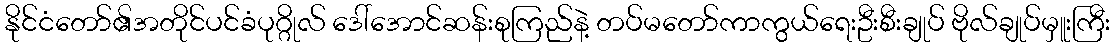
နိုင်ငံတော်၏အတိုင်ပင်ခံပုဂ္ဂိုလ် ဒေါ်အောင်ဆန်းစုကြည်နဲ့ တပ်မတော်ကာကွယ်ရေးဦးစီးချုပ် ဗိုလ်ချုပ်မှူးကြီး